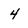
Character: 4